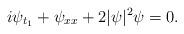
LaTeX: \begin{align*}i\psi_{t_1}+\psi_{xx}+2|\psi|^2\psi=0. \end{align*}